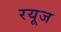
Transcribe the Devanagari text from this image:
रयूज